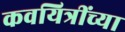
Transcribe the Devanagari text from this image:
कवयित्रींच्या